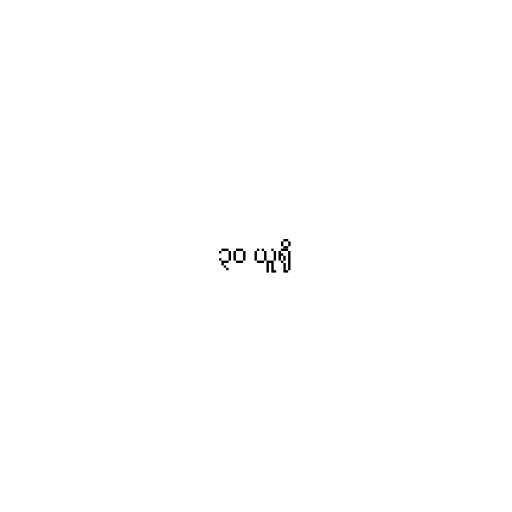
၃၀ ယူရို